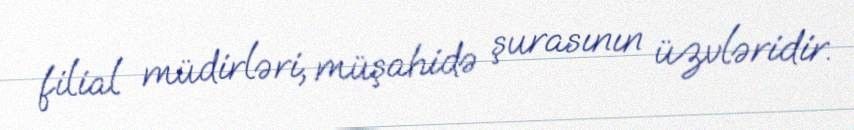
filial müdirləri, müşahidə şurasının üzvləridir.